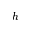
h